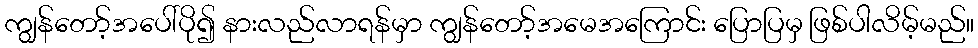
ကျွန်တော့်အပေါ်ပို၍ နားလည်လာရန်မှာ ကျွန်တော့်အမေအကြောင်း ပြောပြမှ ဖြစ်ပါလိမ့်မည်။